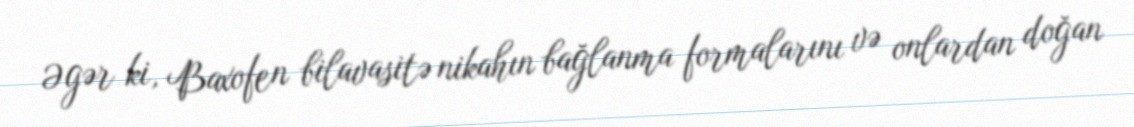
Əgər ki, Baxofen bilavasitə nikahın bağlanma formalarını və onlardan doğan